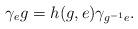
LaTeX: \begin{align*}\gamma_eg=h(g,e)\gamma_{g^{-1}e}.\end{align*}